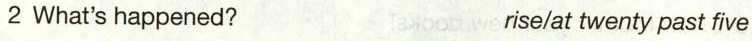
2 What's happened? rise/at twenty past five